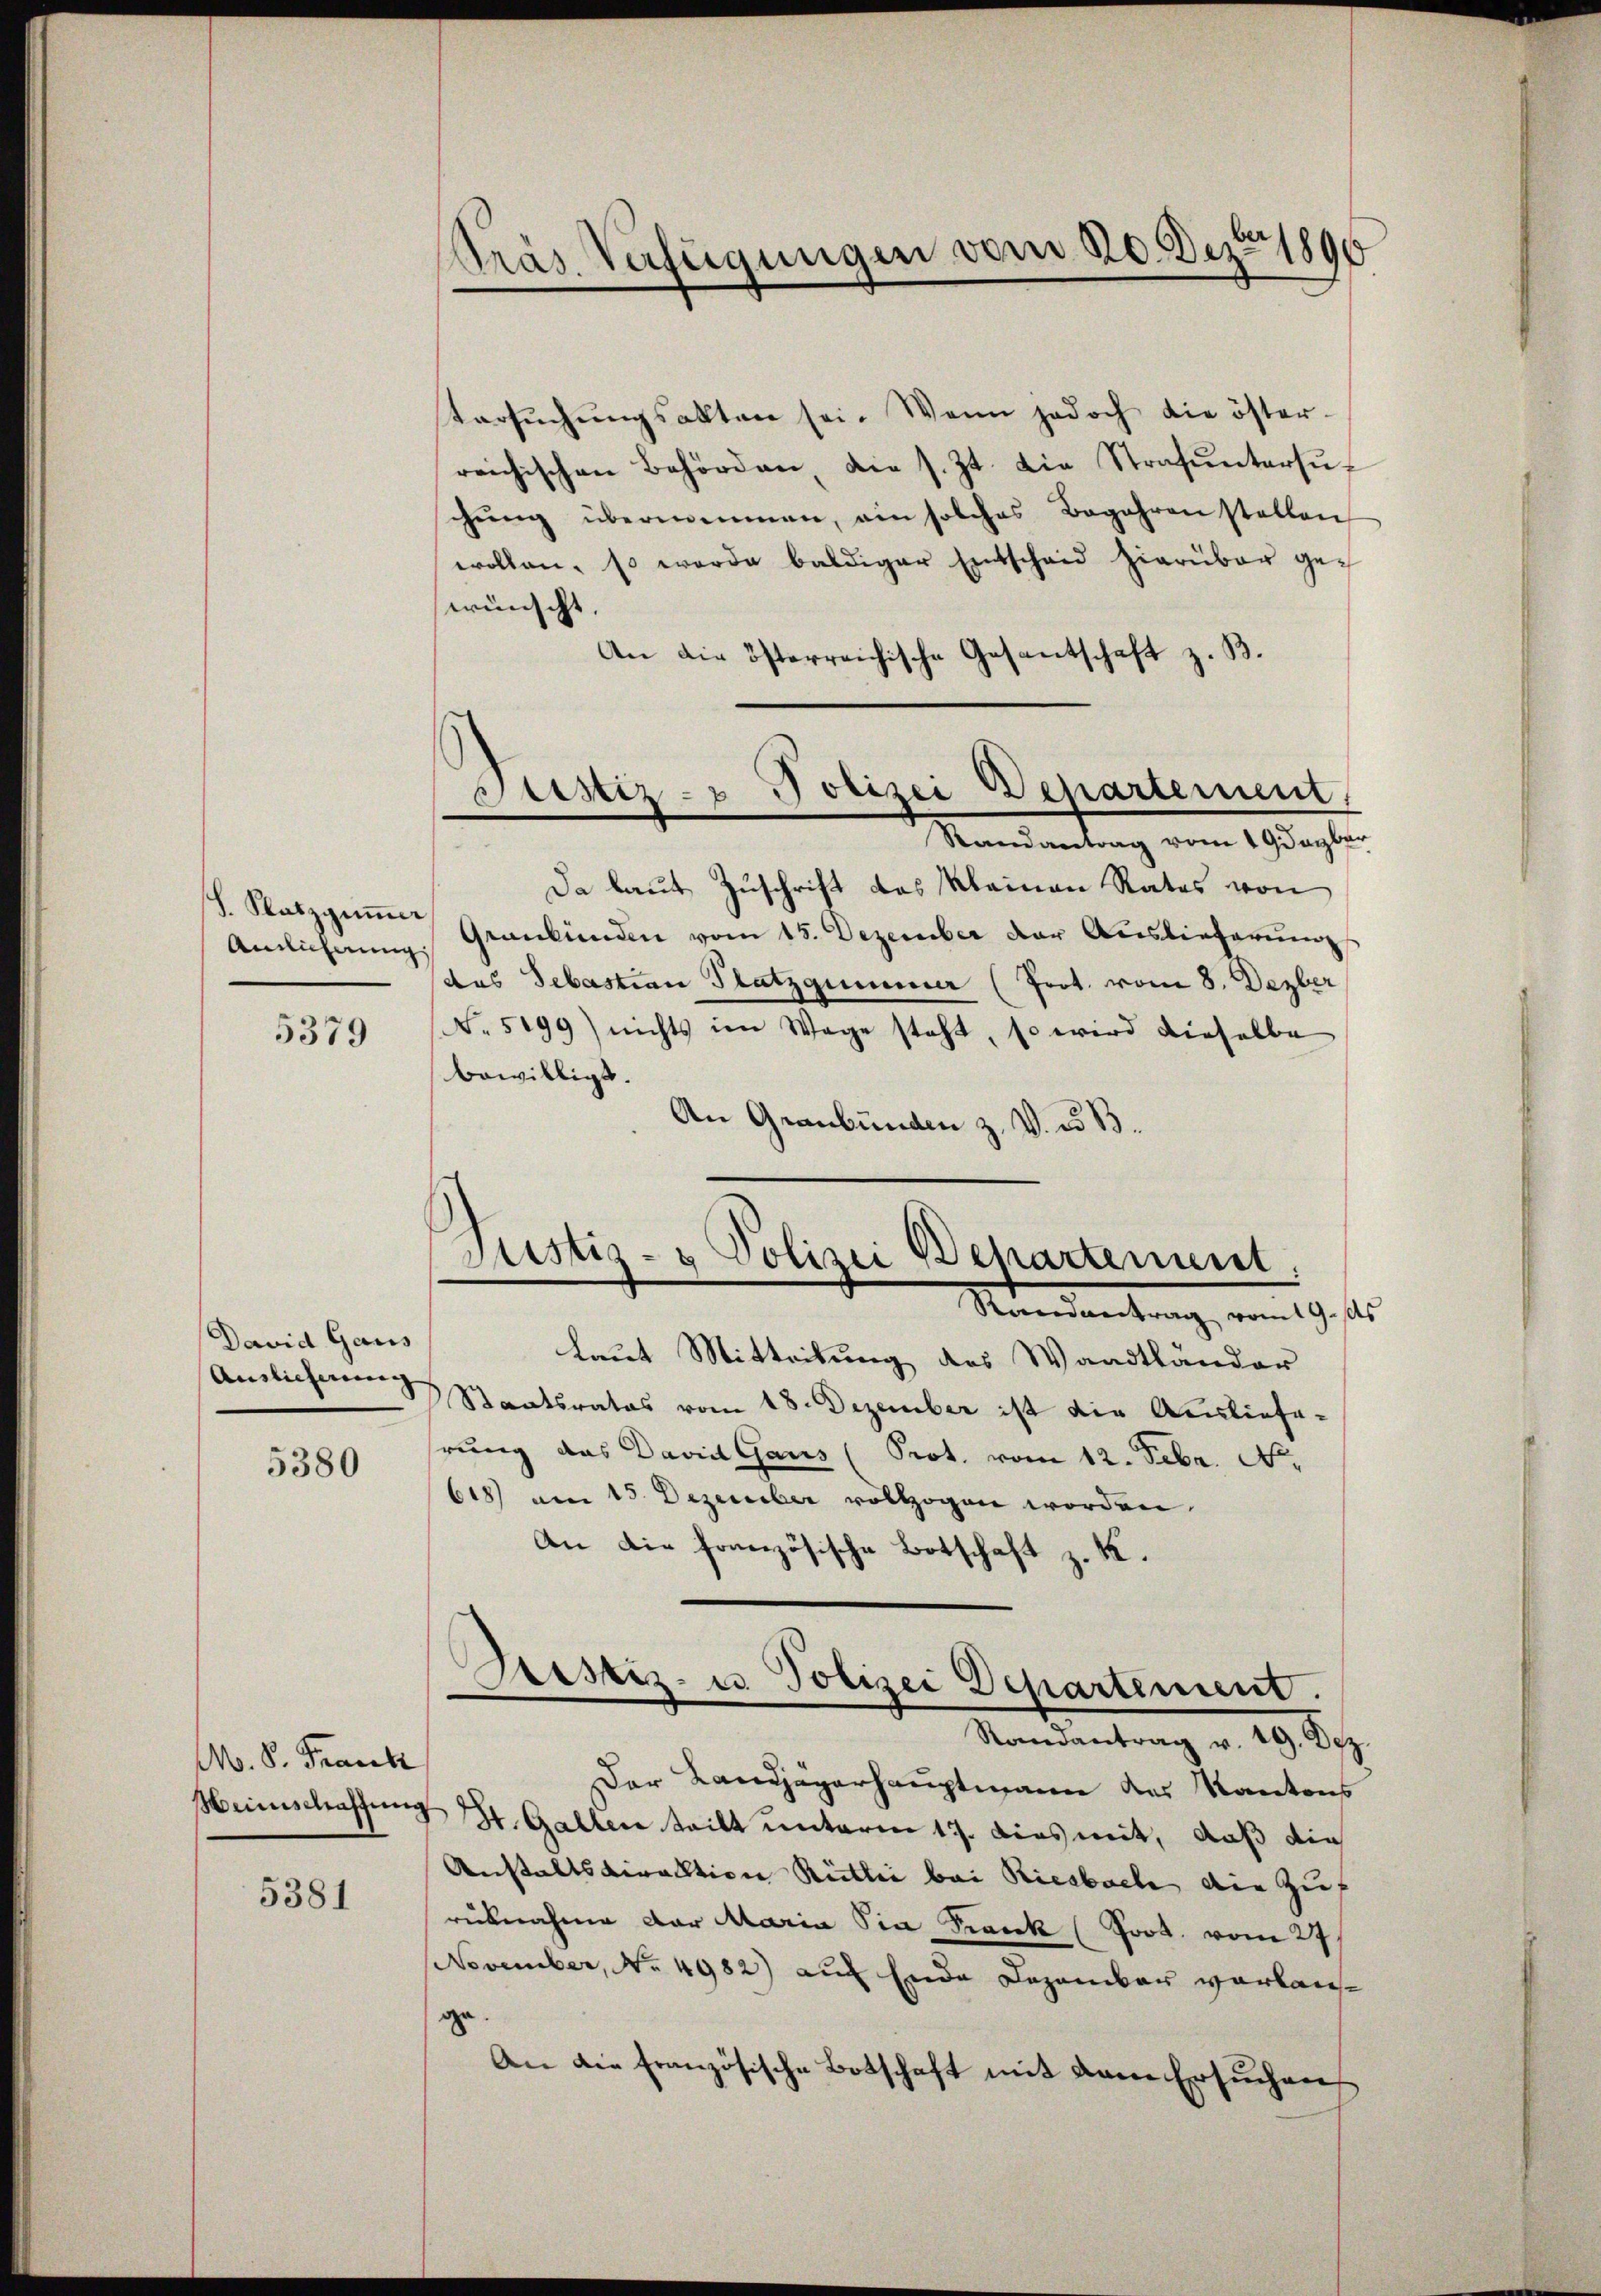
S. Satzgiṁer
Ainlicherung,
5379

David Gaus
Auslieferung
5380

M. P. Frank
Menschaffen

5381

tersŭchŭngsakten sei. Wenn jedoch die öster-
reichischen Behörden, die s. Zt. die Strafŭntersŭch
chŭng übernommen, ein solches Begehren stellen
wollen, so werde baldiger Entschaid hierüber gewünscht.
An die österreichische Gesantschaft z. B.
Randantrag vom 19 Jagber
Da laut Zuschrift des Kleinen Rates von
Graubünden vom 15. Dezember der Auslieferungs
das Sebastian Platzgummer (Prot. vom 8. Dezber
No. 5199) nichts im Wage steht, so wird dieselbe
bewilligt.
An Graubünden z. V. d. B.

Pras Verfügungen vom 20. Dez. 1890

d
Astiz- & Polizei Departement

s
Justiz- & Polizei Departement,
Minden trang, von 19. ste

laut Mitteilung des Waadtländer
Staatsrates vom 18. Dezember ist die Auslieferung das David Gaus (Prot. vom 12. Febr. No.
618) am 15. Dezember vollzogen worden.
An die französische Botschaft z. K.

Bestiz- u Polizei Departement.
Randantrag v. 19. Dez.

Der Landjägerhauptmann des Kantons
3 St. Gallen teilt unterm 17. dies mit, daß die
Anstaltsdication Rütli bei Riesbach die Zurücknahme der Maria Sia Frank (Poot. vom 27.
November, No. 4982) auf Ende Dezember vorlaufge.
An die französische Botschaft mit dann ersŭchen